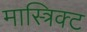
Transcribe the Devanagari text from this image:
मास्त्रिक्ट